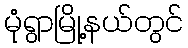
မုံရွာမြို့နယ်တွင်